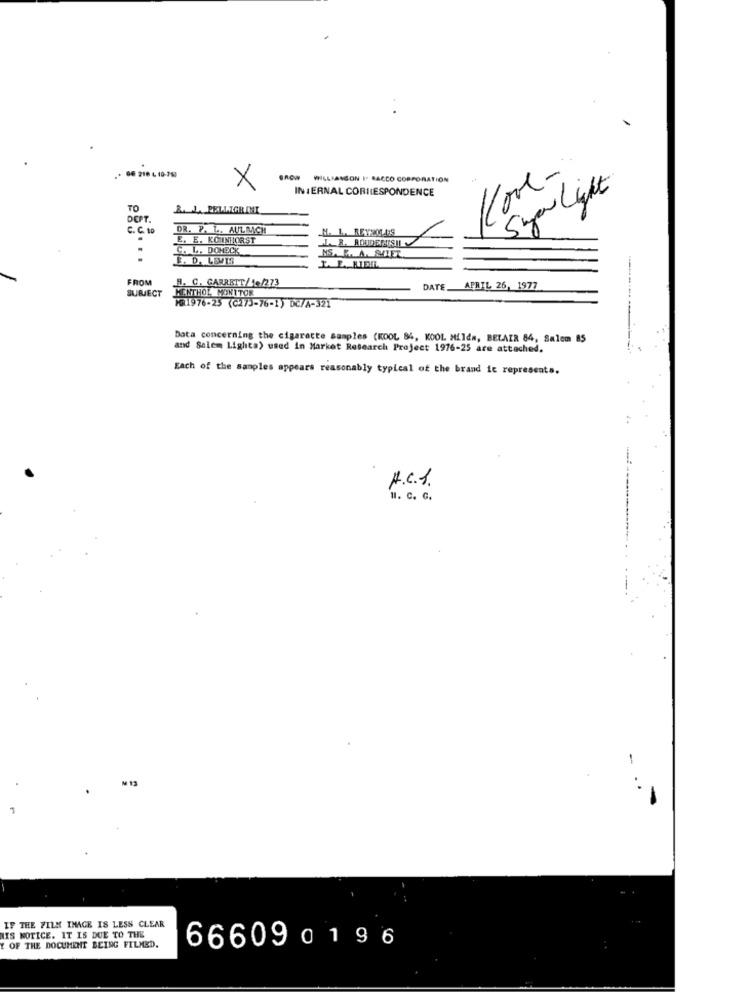
1
Kore-
WILLMANGON I. RACCO CORPORATION
X
INTERNAL CORRESPONDENCE
S yer Light
TO
&. L. PELLIGR INI
DEPT.
C. C. 10
DR. P. L. AULRICH
N. 1. RE1201.09
E. E. KOMNHORST
.
C. L. DOHECK
E. D. LEWIS
NS. P.A. SET.
FROM
SURIECT
MENTHOL MONITOR
A. C. GARRETT/10/273
DATE.
APRIL 26, 1977
MR1976-25 (C273-76-1) DC/A-321
Data concerning the cigaracte samples (KOOL 84, KOOL Milda, BELAIR 84, Salem 85
and Salem Lighta) used in Market Research Project 1976-25 are attached.
Each of the samples appears reasonably typical of the brand it represents.
H.C.1.
u. c. G.
-
IF THE FILM IMAGE IS LESS CLEAR
HIS NOTICE. IT IS DUE TO THE
Y OF THE DOCUMENT BEING FILMED.
666090196